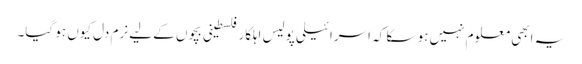
یہ ابھی معلوم نہیں ہو سکا کہ اسرائیلی پولیس اہلکار فلسطینی بچوں کے لیے نرم دل کیوں ہو گیا۔